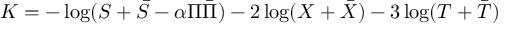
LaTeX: K = - \log ( S + \bar { S } - \alpha \Pi \bar { \Pi } ) - 2 \log ( X + \bar { X } ) - 3 \log ( T + \bar { T } )